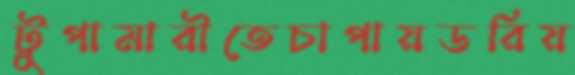
টুপামারীতেচাপায়ডরিয়